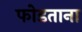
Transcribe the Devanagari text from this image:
फोडताना